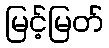
မြင့်မြတ်